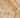
بهذا